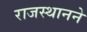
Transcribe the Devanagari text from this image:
राजस्थानने